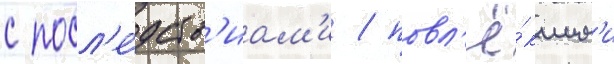
с посл'е́дств'иам'и / повл'ё́кшим'и